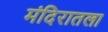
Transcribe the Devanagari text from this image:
मंदिरातला